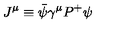
J ^ { \mu } \equiv \bar { \psi } \gamma ^ { \mu } P ^ { + } \psi